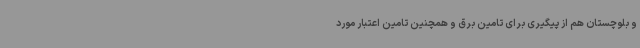
و بلوچستان هم از پیگیری برای تامین برق و همچنین تامین اعتبار مورد